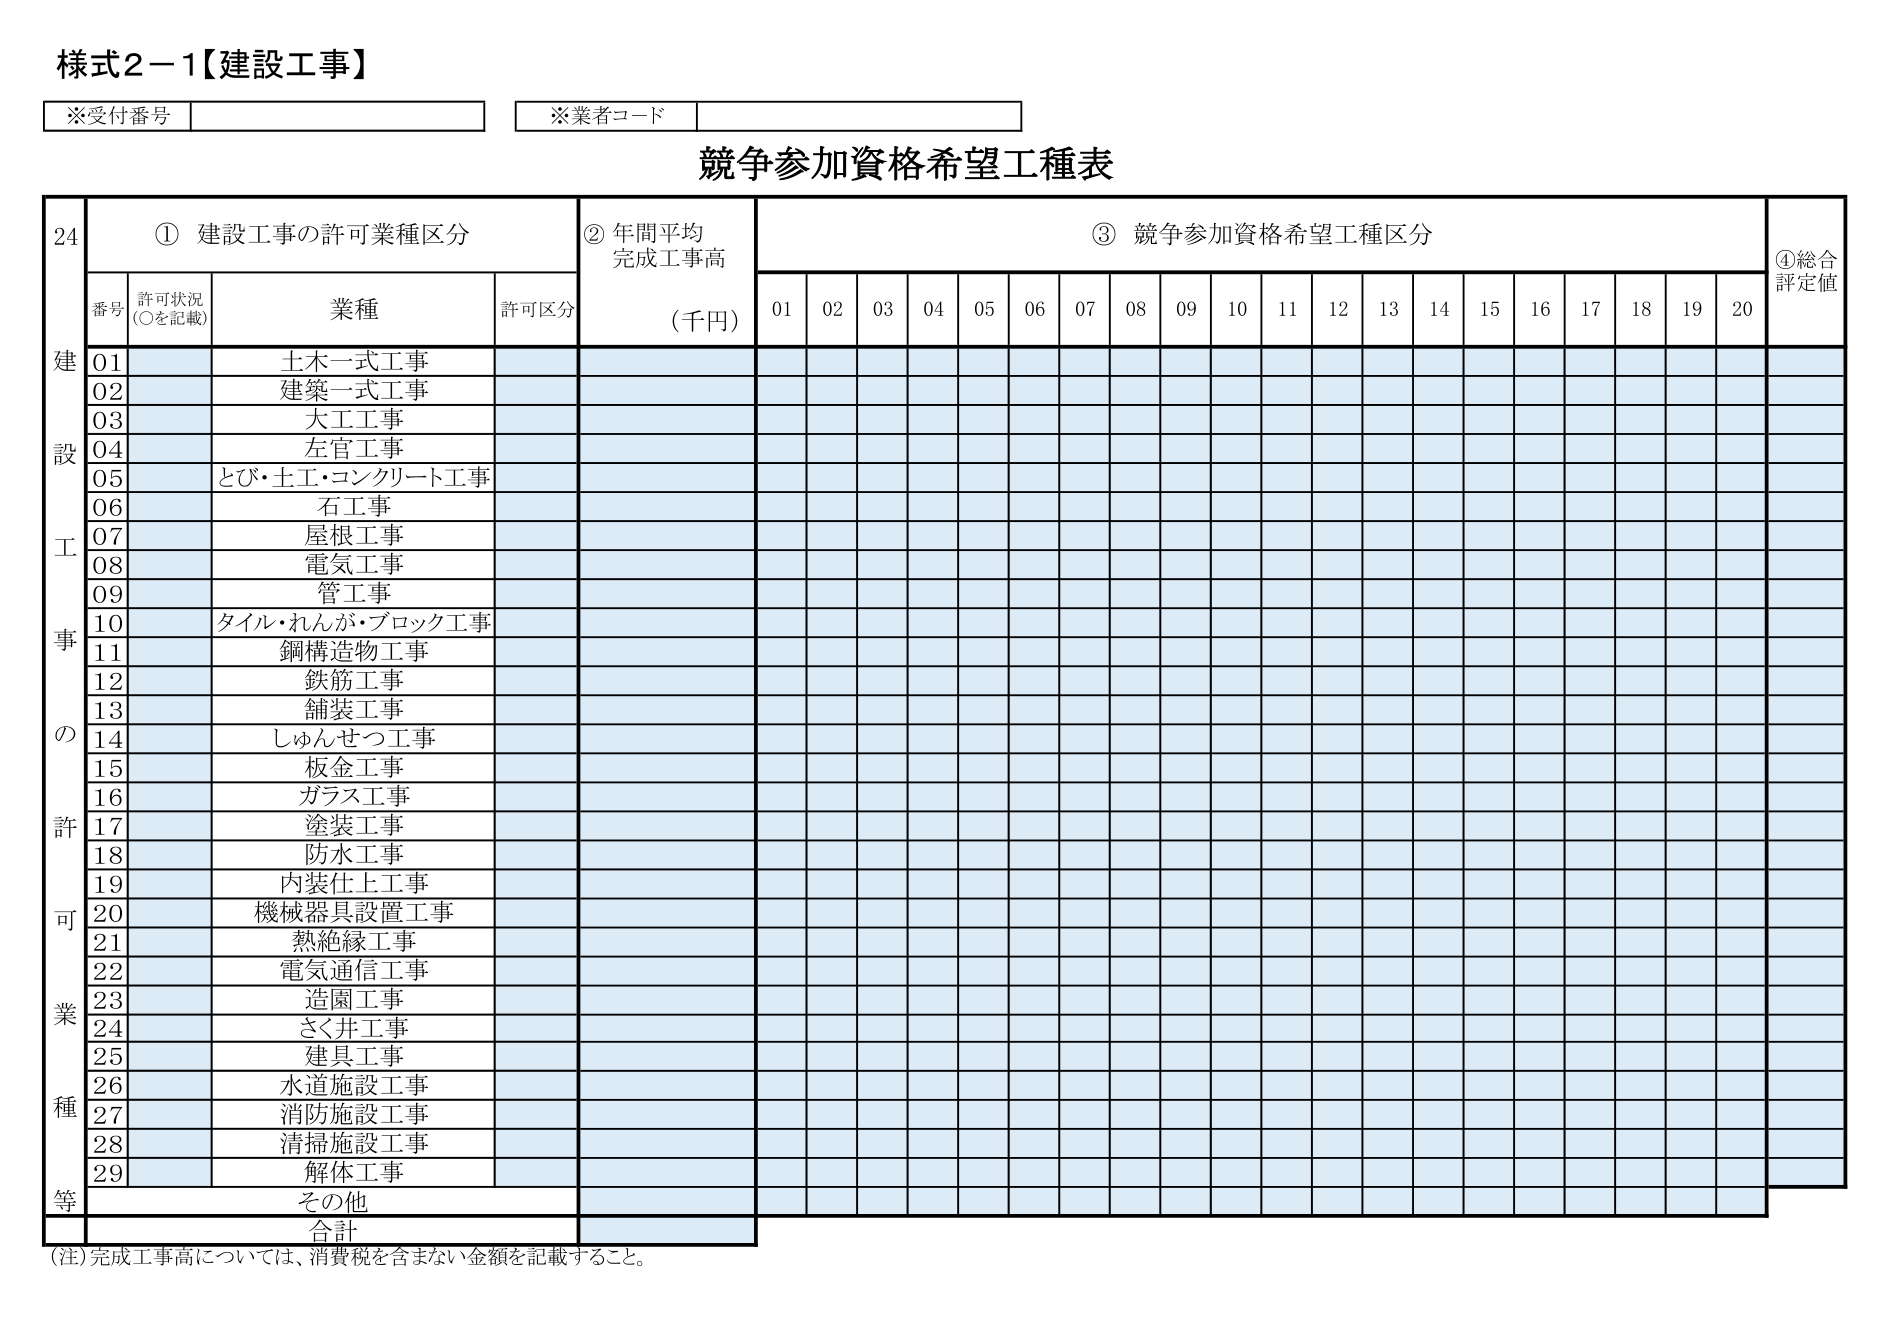
様式2－1【建設工事】

※受付番号
※業者コード

競争参加資格希望工種表

① 建設工事の許可業種区分
② 年間平均完成工事高（千円）
③ 競争参加資格希望工種区分
④ 総合評定値

番号 許可状況（○を記載） 業種 許可区分

01 土木一式工事
02 建築一式工事
03 大工工事
04 左官工事
05 とび・土工・コンクリート工事
06 石工事
07 屋根工事
08 電気工事
09 管工事
10 タイル・れんが・ブロック工事
11 鋼構造物工事
12 鉄筋工事
13 舗装工事
14 しゅんせつ工事
15 板金工事
16 ガラス工事
17 塗装工事
18 防水工事
19 内装仕上工事
20 機械器具設置工事
21 熱絶縁工事
22 電気通信工事
23 造園工事
24 さく井工事
25 建具工事
26 水道施設工事
27 消防施設工事
28 清掃施設工事
29 解体工事
その他

合計

（注）完成工事高については、消費税を含まない金額を記載すること。

01 02 03 04 05 06 07 08 09 10 11 12 13 14 15 16 17 18 19 20

建 設 工 事 の 許 可 業 種 等

24